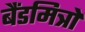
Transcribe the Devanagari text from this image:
बैंडमित्रों